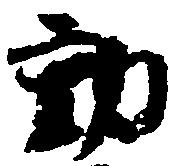
動